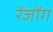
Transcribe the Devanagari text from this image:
रेंजोंग